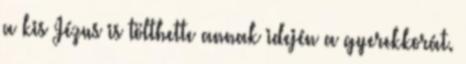
a kis Jézus is tölthette annak idején a gyerekkorát.